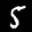
Label: 5